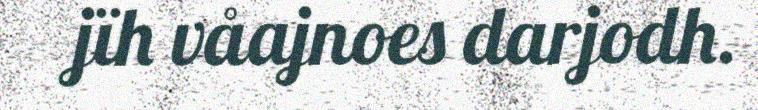
jïh våajnoes darjodh.